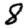
Digit: 8